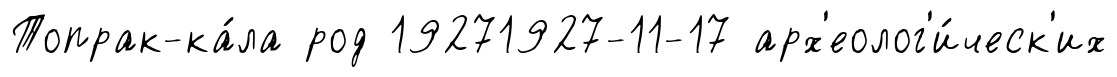
Топрак-ка́ла род 19271927-11-17 арх'еолог'и́ческ'их